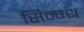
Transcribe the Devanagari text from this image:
सिन्ग्ध